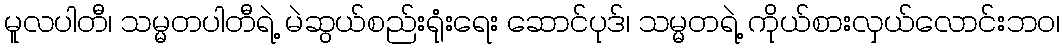
မူလပါတီ၊ သမ္မတပါတီရဲ့ မဲဆွယ်စည်းရုံးရေး ဆောင်ပုဒ်၊ သမ္မတရဲ့ ကိုယ်စားလှယ်လောင်းဘဝ၊